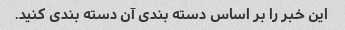
این خبر را بر اساس دسته بندی آن دسته بندی کنید.